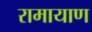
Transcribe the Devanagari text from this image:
रामायाण